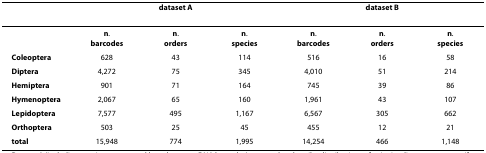
|  |  | dataset A |  |  | dataset B |  |
 | --- | --- | --- | --- | --- | --- | --- |
 |  | n.barcodes | n.orders | n.species | n.barcodes | n.orders | n.species |
 | Coleoptera | 628 | 43 | 114 | 516 | 16 | 58 |
 | Diptera | 4,272 | 75 | 345 | 4,010 | 51 | 214 |
 | Hemiptera | 901 | 71 | 164 | 745 | 39 | 86 |
 | Hymenoptera | 2,067 | 65 | 160 | 1,961 | 43 | 107 |
 | Lepidoptera | 7,577 | 495 | 1,167 | 6,567 | 305 | 662 |
 | Orthoptera | 503 | 25 | 45 | 455 | 12 | 21 |
 | total | 15,948 | 774 | 1,995 | 14,254 | 466 | 1,148 |